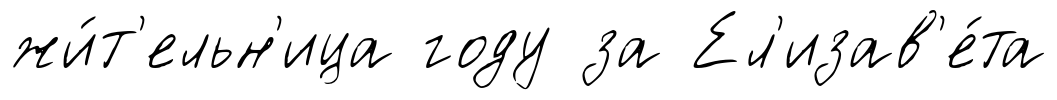
жи́т'ельн'ица году за Ел'изав'е́та